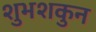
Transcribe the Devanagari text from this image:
शुभशकुन